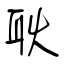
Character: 耿